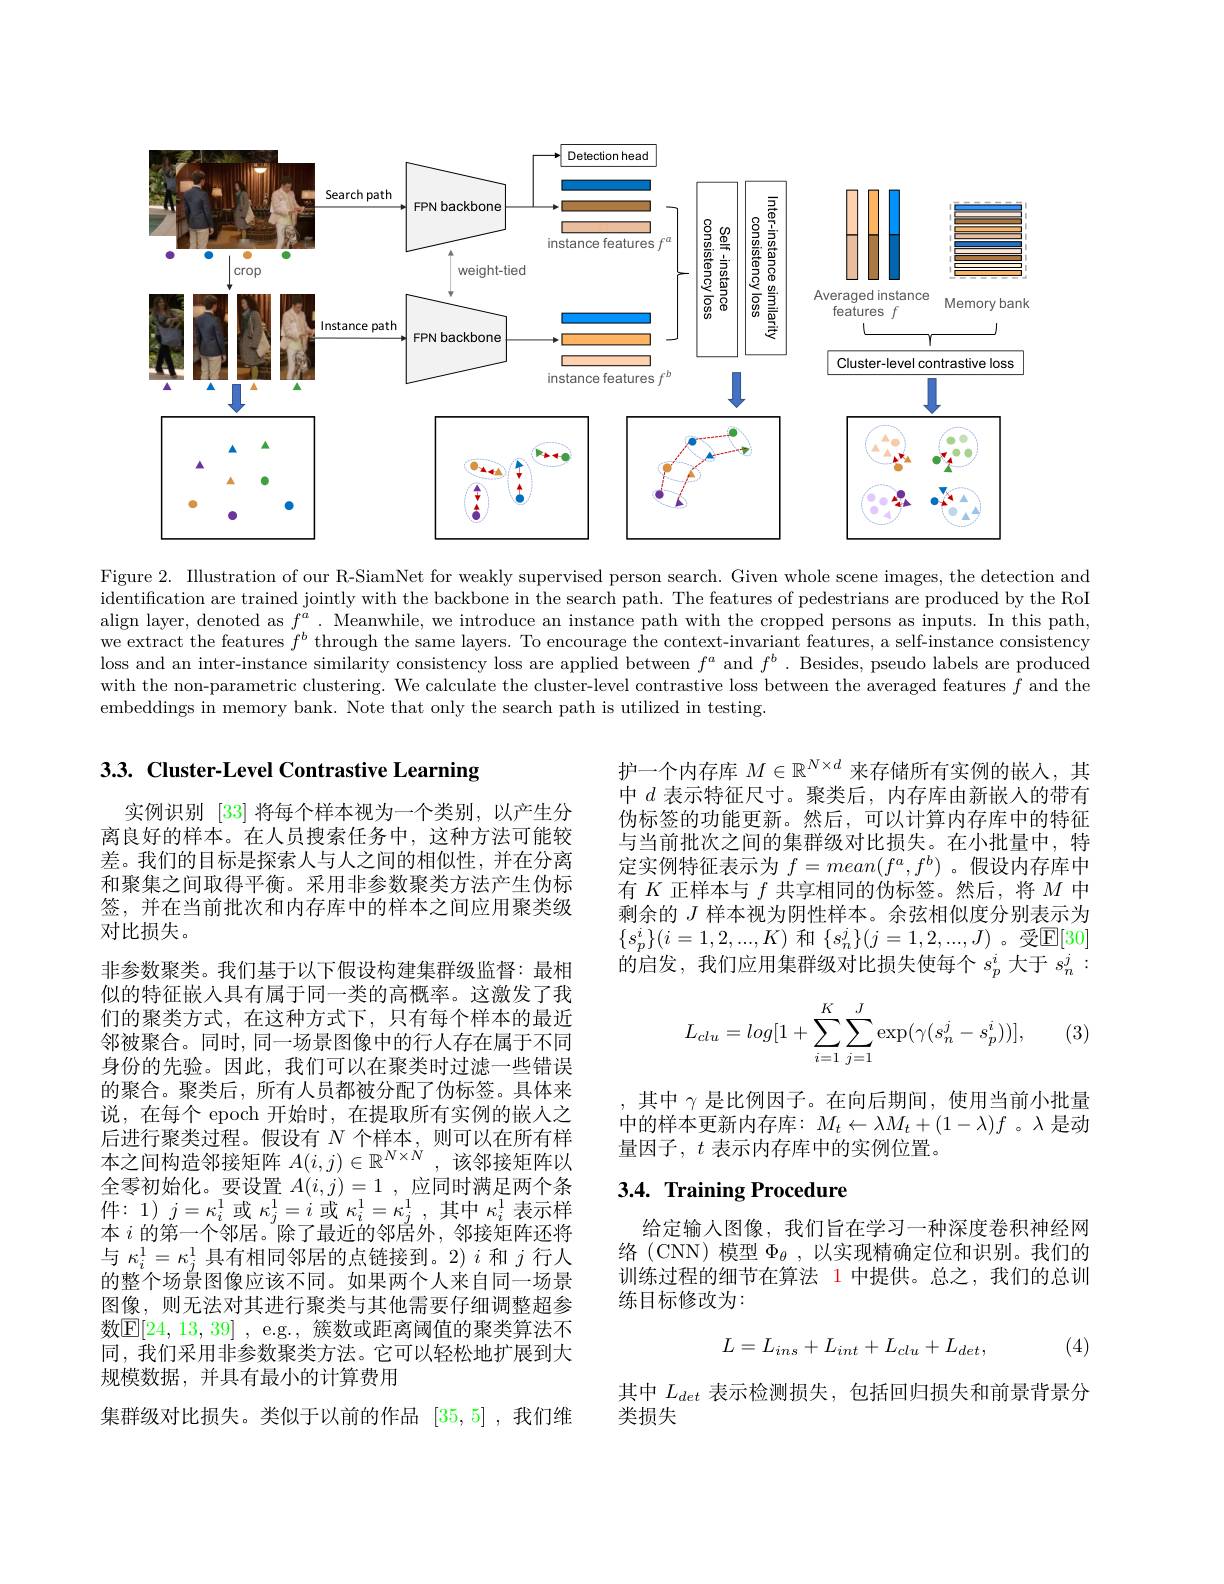
<FigureHere>

Figure 2. Illustration of our R-SiamNet for weakly supervised person search. Given whole scene images, the detection and identification are trained jointly with the backbone in the search path. The features of pedestrians are produced by the RoI align layer, denoted as $f^a.$ Meanwhile, we introduce an instance path with the cropped persons as inputs. In this path, we extract the features $f^b$ through the same layers. To encourage the context-invariant features, a self-instance consistency loss and an inter-instance similarity consistency loss are applied between $f^a$ and $f^b.$ Besides, pseudo labels are produced with the non-parametric clustering. We calculate the cluster-level contrastive loss between the averaged features $f$ and the embeddings in memory bank. Note that only the search path is utilized in testing.

## 3.3. Cluster-Level Contrastive Learning

护一个内存库$M\in\mathbb{R}^{N\times d}$来存储所有实例的嵌入，其中$d$表示特征尺寸。聚类后，内存库由新嵌人的带有伪标签的功能更新。然后，可以计算内存库中的特征与当前批次之间的集群级对比损失。在小批量中，特定实例特征表示为$f=mean(f^{a},f^{b})$ 。假设内存库中有$K$正样本与$f$共享相同的伪标签。然后，将$M$中剩余的$J$样本视为阴性样本。余弦相似度分别表示为$\{s_{p}^{i}\}(i=1,2,...,K)$ 和$\{s_n^j\}(j=1,2,...,J)$。受$\mathbb{E}[30]$ 的启发，我们应用集群级对比损失使每个$s_p^i$ 大于 $s_n^j:$
$$L_{clu}=log[1+\sum\limits_{i=1}^K\sum\limits_{j=1}^J\exp(\gamma(s_n^j-s_p^i))],$$
(3)

实例识别[33]将每个样本视为一个类别，以产生分离良好的样本。在人员搜索任务中，这种方法可能较差。我们的目标是探索人与人之间的相似性，并在分离和聚集之间取得平衡。采用非参数聚类方法产生伪标签，并在当前批次和内存库中的样本之间应用聚类级对比损失。
非参数聚类。我们基于以下假设构建集群级监督：最相似的特征嵌入具有属于同一类的高概率。这激发了我们的聚类方式，在这种方式下，只有每个样本的最近邻被聚合。同时，同一场景图像中的行人存在属于不同身份的先验。因此，我们可以在聚类时过滤一些错误的聚合。聚类后，所有人员都被分配了伪标签。具体来说，在每个 epoch 开始时，在提取所有实例的嵌人之后进行聚类过程。假设有$N$个样本，则可以在所有样本之间构造邻接矩阵$A(i,j)\in\mathbb{R}^{N\times N}$ ,该邻接矩阵以全零初始化。要设置$A( i, j) = 1$ ,应同时满足两个条件：1)$j=\kappa_i^{1}$或$\kappa_j^{1}=i$或$\kappa_i^{1}=\kappa_j^{1}$,其中$\kappa_i^{1}$表示样本$i$的第一个邻居。除了最近的邻居外，邻接矩阵还将与$\kappa_i^1=\kappa_j^1$具有相同邻居的点链接到。2)$i$和$j$行人的整个场景图像应该不同。如果两个人来自同一场景图像，则无法对其进行聚类与其他需要仔细调整超参数$\mathbb{E} [ 24, 13, 39]$ , e. g. , 簇数或距离阈值的聚类算法不同，我们采用非参数聚类方法。它可以轻松地扩展到大规模数据，并具有最小的计算费用
集群级对比损失。类似于以前的作品[35,5] ,我们维

,其中$\gamma$是比例因子。在向后期间，使用当前小批量中的样本更新内存库：$M_t\leftarrow\lambda M_t+(1-\lambda)f$ 。$\lambda$是动量因子，$t$表示内存库中的实例位置。

# 3.4. Training Procedure

给定输人图像，我们旨在学习一种深度卷积神经网络(CNN) 模型$\Phi_\theta$,以实现精确定位和识别。我们的训练过程的细节在算法 1 中提供。总之，我们的总训练目标修改为：

(4)
$$L=L_{ins}+L_{int}+L_{clu}+L_{det},$$
其中$L_{det}$表示检测损失，包括回归损失和前景背景分
类损失